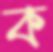
ক